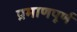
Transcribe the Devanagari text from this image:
प्रमाणपूर्ण